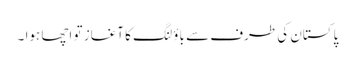
پاکستان کی طرف سے باؤلنگ کا آغاز تو اچھا ہوا ۔